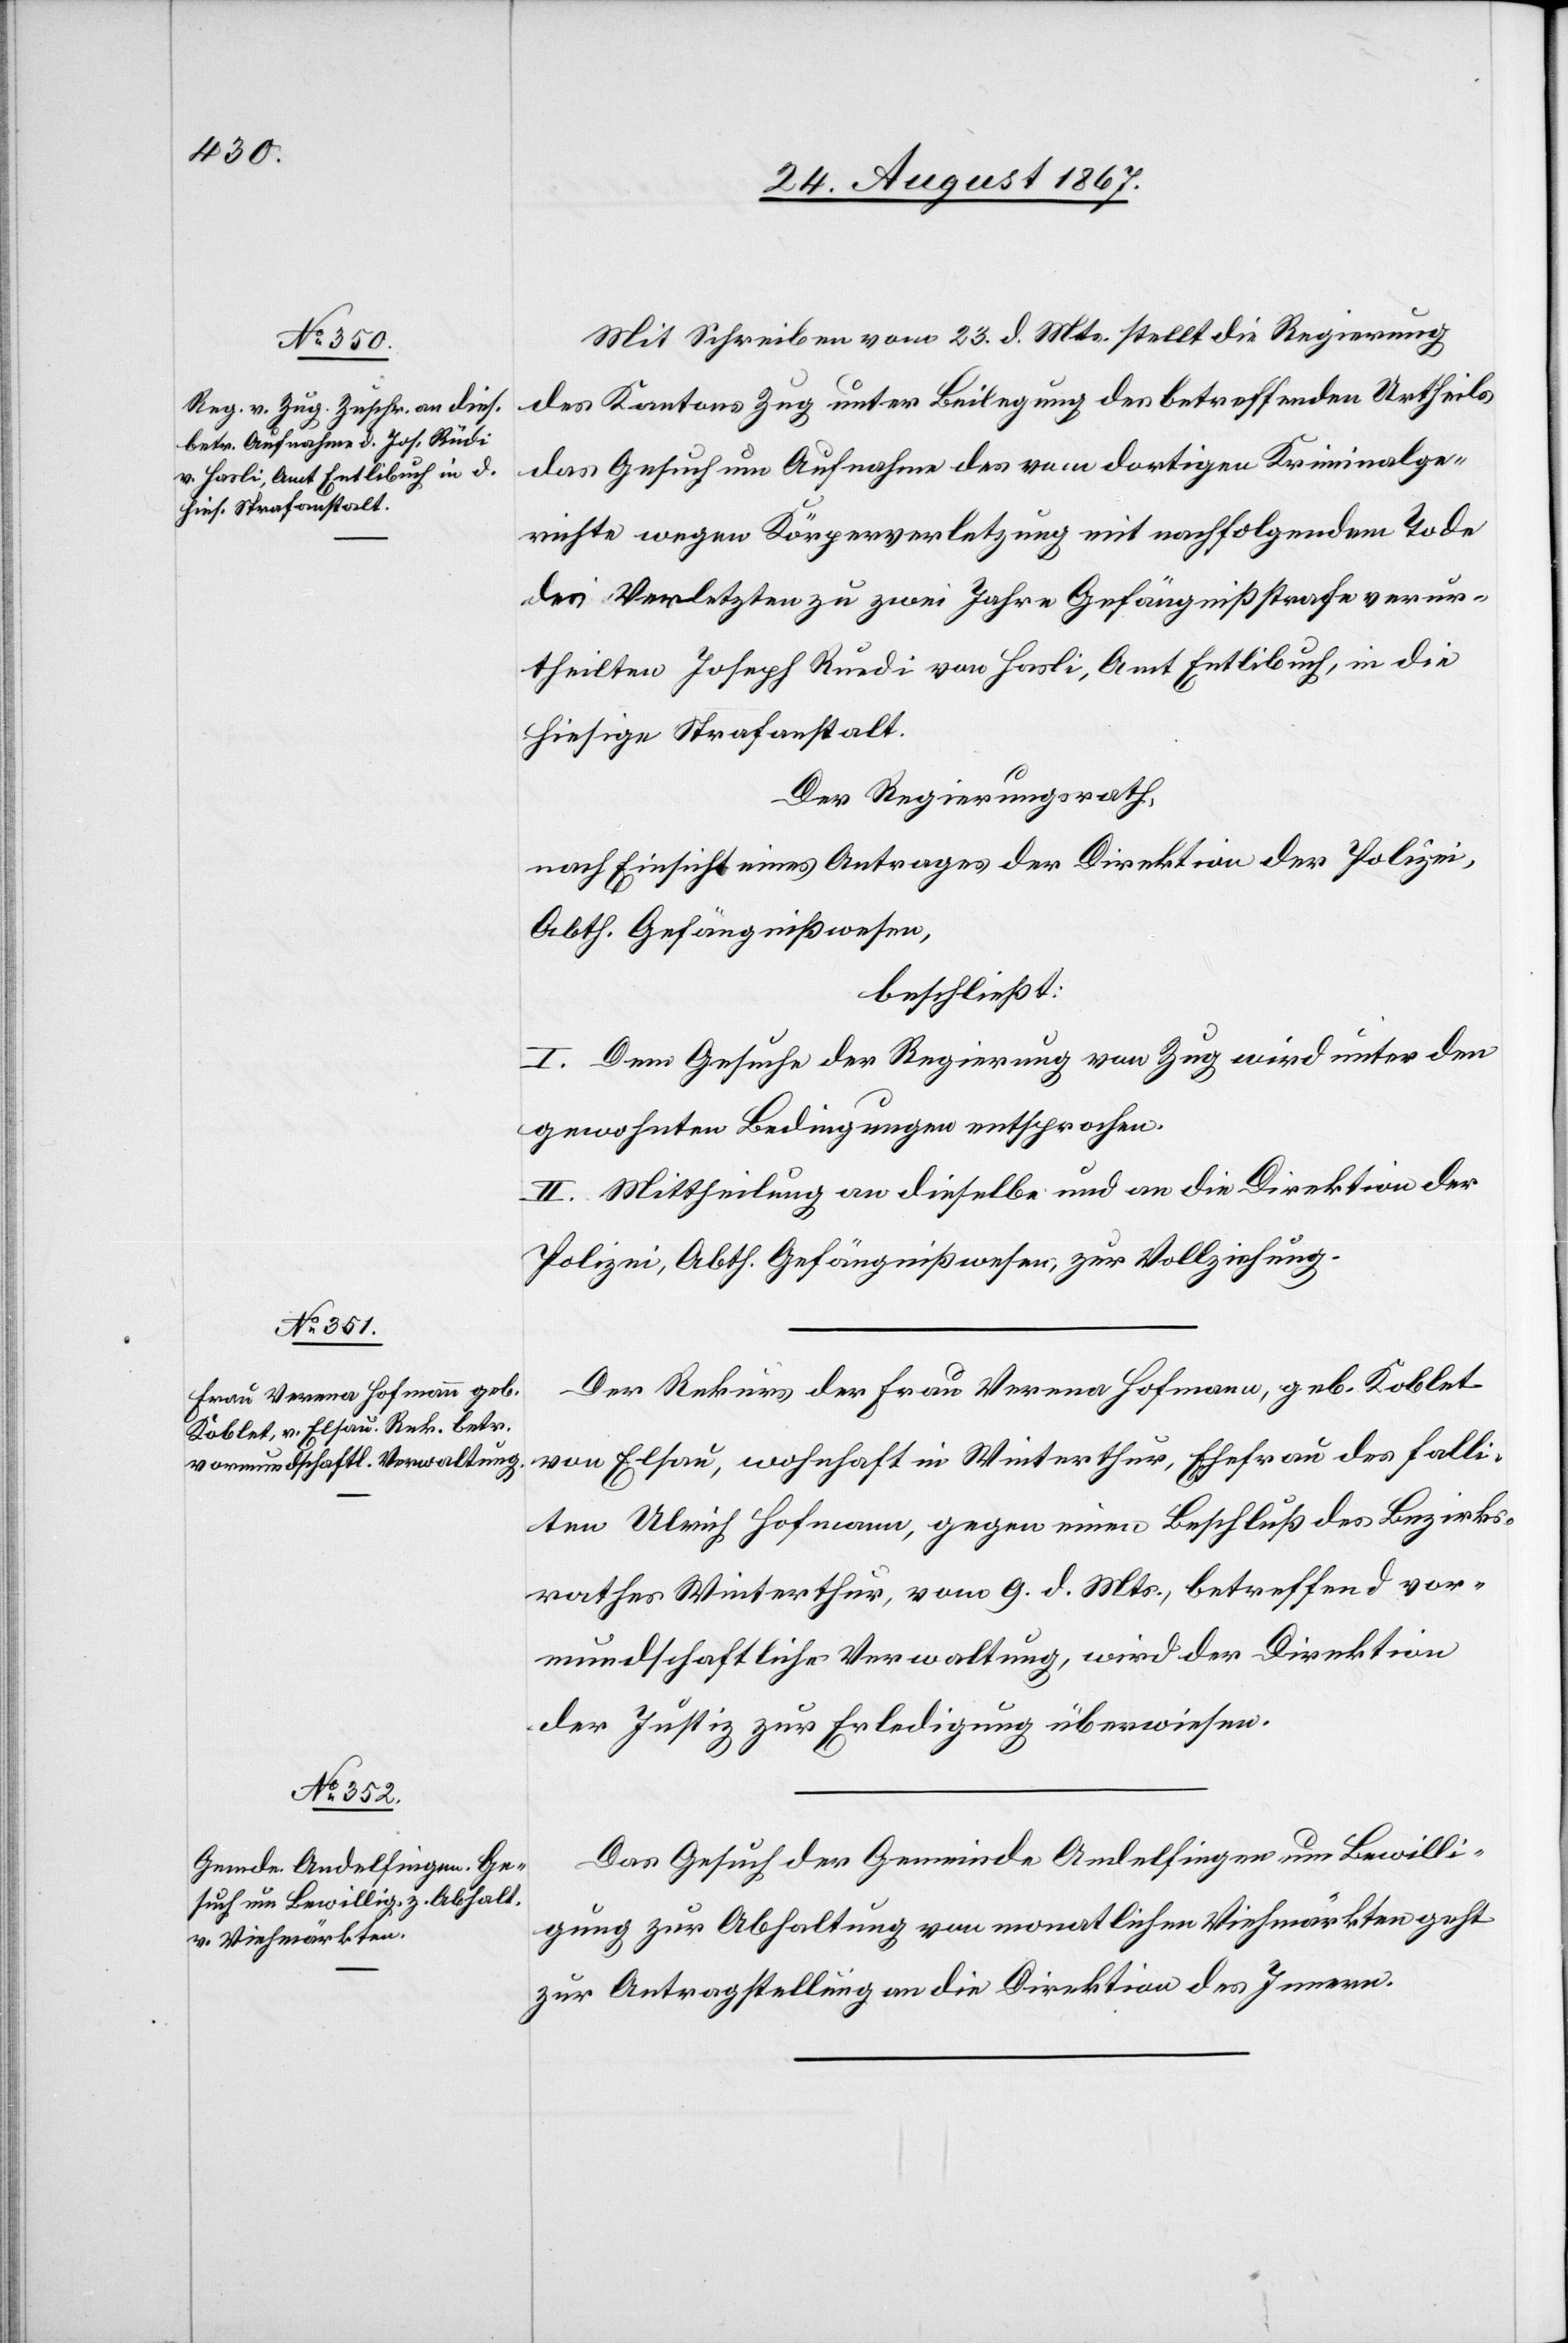
26. August 1867.]
Mit Schreiben vom 23. d. Mts. stellt die Regierung
des Kantons Zug unter Beilegung des betreffenden Urtheils
das Gesuch um Aufnahme des vom dortigen Kriminalge¬
richte wegen Körperverletzung mit nachfolgendem Tode
des Verletzten zu zwei Jahren Gefängnißstrafe verur¬
theilten Joseph Ruedi [sic!] von Hasli, Amt Entlibuch, in die
hiesige Strafanstalt.
Der Regierungsrath,
nach Einsicht eines Antrages der Direktion der Polizei,
Abth. Gefängnißwesen,
beschließt:
I. Dem Gesuche der Regierung von Zug wird unter den
gewohnten Bedingungen entsprochen.
II. Mittheilung an dieselbe und an die Direktion der
Polizei, Abth. Gefängnißwesen, zur Vollziehung.
Der Rekurs der Frau Verena Hofmann, geb. Koblet
von Elsau, wohnhaft in Winterthur, Ehefrau des falli¬
ten Ulrich Hofmann, gegen einen Beschluß des Bezirks¬
rathes Winterthur, vom 9. d. Mts., betreffend vor¬
mundschaftliche Verwaltung, wird der Direktion
der Justiz zur Erledigung überwiesen.
Das Gesuch der Gemeinde Andelfingen um Bewilli¬
gung zur Abhaltung von monatlichen Viehmärkten geht
zur Antragstellung an die Direktion des Innern.